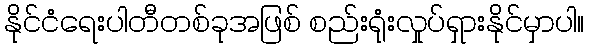
နိုင်ငံရေးပါတီတစ်ခုအဖြစ် စည်းရုံးလှုပ်ရှားနိုင်မှာပါ။